Lunatic asylums Madras 1877-1891 - 1877-1891
Year: 1877
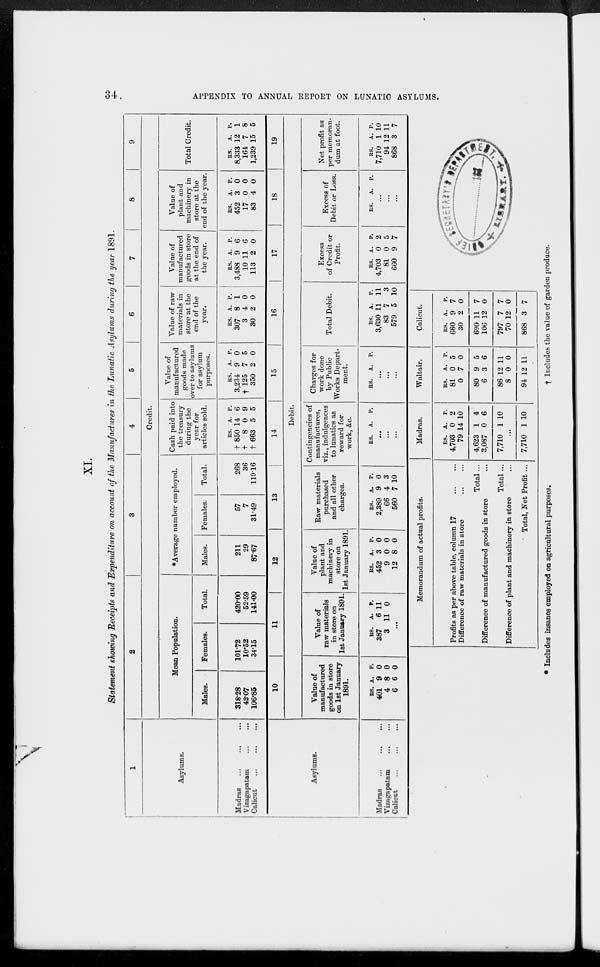
34
APPENDIX TO ANNUAL REPORT ON LUNATIC ASYLUMS.
XI.
Statement showing Receipts and Expenditure on account of the Manufactures in the Lunatic Asylums during the year 1891.
1
Asylums.
Madras... ... ...
Vizagapatam... ...
Calicut
...
...
...
2
3
4
5
6
7
8
9
Credit.
Mean Population.
Males.
318.28
42.07
106.85
Females.
101.72
10.52
34.15
Total.
420.00
52.59
141.00
*Average number employed.
Males.
211
29
87.67
Females.
57
7
31.49
Total.
268
36
119.16
Cash paid into
the treasury
during the
year for
articles sold.
RS.
† 850
† 8
† 663
A.
14
0
5
P.
6
9
5
Value of
manufactured
goods made
over to asylums
for asylum
purposes.
RS.
3,234
† 125
350
A.
9
7
2
P.
0
5
0
Value of raw
materials in
store at the
end of the
year.
RS.
307
3
30
A.
8
4
2
P.
1
0
0
Value of
manufactured
goods in store
at the end of
the year.
RS.
3,488
10
113
A.
9
11
2
P.
6
6
0
Value of
plant and
machinery in
store at the
end of the year.
RS.
452
17
83
A.
3
0
4
P.
0
0
0
Total Credit.
RS.
8,333
164
1,239
A.
12
7
15
P.
1
8
5
Asylums.
Madras
...
...
...
Vizagapatam ... ... ...
Calicut
...
...
...
10
11
12
13
14
15
16
17
18
19
Debit.
Value of
manufactured
goods in store
on 1st January
1891.
RS.
401
4
6
A.
9
8
6
P.
0
0
0
Value of
raw materials
in store on
1st January 1891.
RS.
387
3
A.
6
11
P.
11
0
...
Value of
plant and
machinery in
store on
1st January 1891.
RS.
452
9
12
A.
3
0
8
P.
0
0
0
Raw materials
purchased
and all other
charges.
RS.
2,389
66
560
A.
9
4
7
P.
0
3
10
Contingencies of
manufactures,
viz., indulgences
to lunatics as
reward for
work, &c.
RS.
A. P.
...
...
...
Charges for
work done
by Public
Works Depart-
ment.
RS.
A. P.
...
...
...
Total Debit.
RS.
3,630
83
579
A.
11
7
5
P.
11
3
10
Excess
of Credit or
Profit.
RS.
4,703
81
660
A.
0
0
9
P.
2
5
7
Excess of
Debit or Loss.
RS. A. P.
...
...
...
Net profit as
per memoran-
dum at foot.
RS.
7,710
94
868
A.
1
12
3
P.
10
11
7
Memorandum of actual profits.
Profits as per above table, column 17 ... ...
Difference of raw materials in store
...
...
Total...
Difference of manufactured goods in store...
Total ...
Difference of plant and machinery in store...
Total, Net Profit ...
Madras.
RS.
4,703
79
4,623
3,087
7,710
A.
0
14
1
0
1
P.
2
10
4
6
10
...
7,710 1 10
Waltair.
RS.
81
0
80
6
86
8
94
A.
0
7
9
3
12
0
12
P.
5
0
5
6
11
0
11
Calicut.
RS.
660
30
690
106
797
70
868
A.
9
2
11
12
7
12
3
P.
7
0
7
0
7
0
7
* Includes insanes employed on agricultural purposes.
†
Includes the value of garden produce.